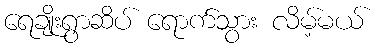
ရေချိုးရွာဆိပ် ရောက်သွား လိမ့်မယ်